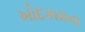
ખોદકામના